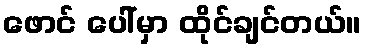
ဖောင် ပေါ်မှာ ထိုင်ချင်တယ်။